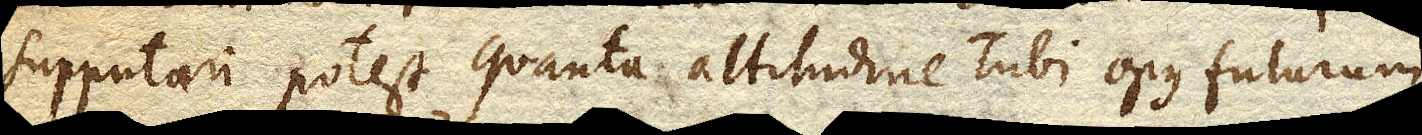
supputari potest quanta altitudine Tubi opus futurum